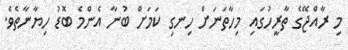
މި ރާއްޖޭގެ ތާރީހުގައި މިހާތަނަށް ހިނގި ކަމަށް ބުނާ އެންމެ ބޮޑު ހިޔާނާތެވެ.